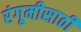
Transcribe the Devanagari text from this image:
रंगूमीसाठी